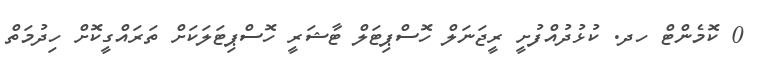
0 ކޮމެންޓް ހދ. ކުޅުދުއްފުށީ ރީޖަނަލް ހޮސްޕިޓަލް ޓާޝަރީ ހޮސްޕިޓަލަކަށް ތަރައްގީކޮށް ހިދުމަތް